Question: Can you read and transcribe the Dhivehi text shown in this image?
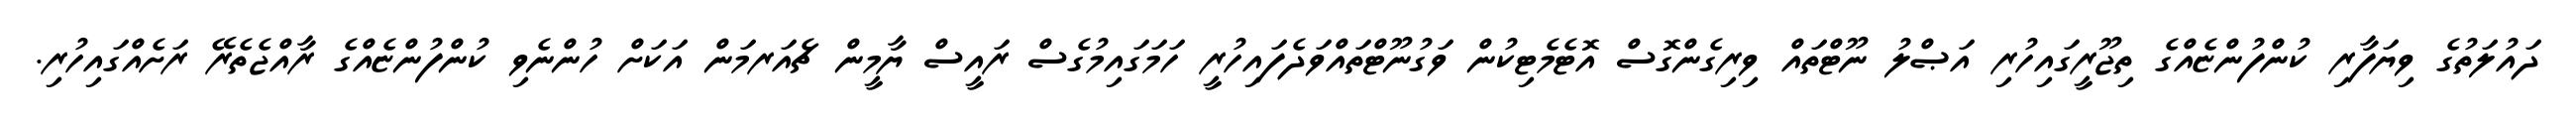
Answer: ދައުލަތުގެ ވިޔަފާރި ކުންފުންޏެއްގެ ތިޖޫރީގައިހުރި އަޞްލު ނޫޓްތައް ވިރިގެންގޮސް އޮޓެމެޓިކުން ވަގުނޫޓްތައްވަދެފައިހުރީ ހަމަގައިމުގެސް ރައީސް ޔާމީން ޗެއަރމަން އަކަށް ހުންނެވި ކުންފުންޏެއްގެ ރާއްޖެތެރޭ ރަށެއްގައިހުރި.